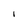
Character: I